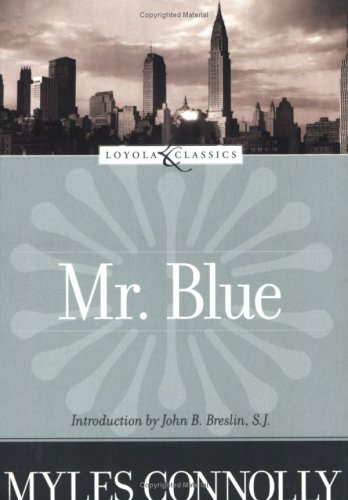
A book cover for Mr. Blue; Myles Connolly; Christian Books & Bibles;